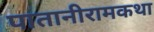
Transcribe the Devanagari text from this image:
पातानीरामकथा